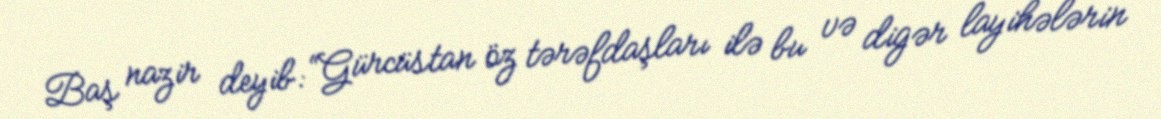
Baş nazir deyib: “Gürcüstan öz tərəfdaşları ilə bu və digər layihələrin